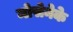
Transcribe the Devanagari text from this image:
मोसेनेके